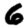
Digit: 6